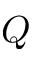
Q